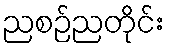
ညစဉ်ညတိုင်း